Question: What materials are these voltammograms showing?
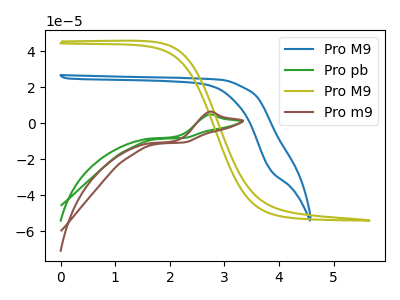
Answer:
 <answer>The blue curve is labeled "Pro M9". The green curve is labeled "Pro pb". The olive curve is labeled "Pro M9". The brown curve is labeled "Pro m9".</answer>
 <eval></eval>